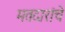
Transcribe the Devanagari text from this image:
मतदारांचे